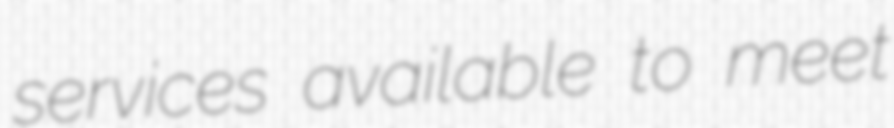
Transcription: services available to meet